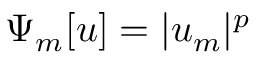
\Psi _ { m } [ u ] = | u _ { m } | ^ { p }